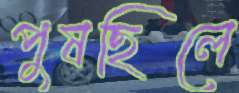
পুষছিলে